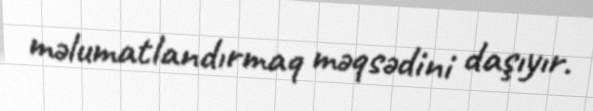
məlumatlandırmaq məqsədini daşıyır.